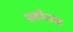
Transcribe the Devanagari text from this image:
ग्रहौतक